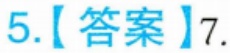
5.【答案】7.